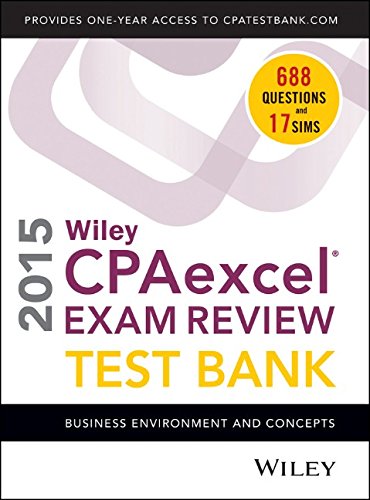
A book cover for Wiley CPAexcel Exam Review 2015 Test Bank: Business Environment and Concepts; O. Ray Whittington; Test Preparation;